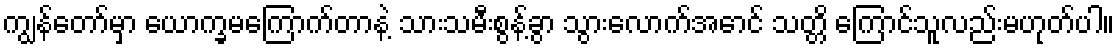
ကျွန်တော်မှာ ယောက္ခမကြောက်တာနဲ့ သားသမီးစွန့်ခွာ သွားလောက်အောင် သတ္တိ ကြောင်သူလည်းမဟုတ်ပါ။